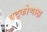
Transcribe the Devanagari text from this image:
षट्कोणाक्ष